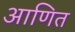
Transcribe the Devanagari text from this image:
आणित